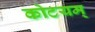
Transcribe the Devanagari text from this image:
कोटयम्